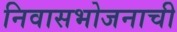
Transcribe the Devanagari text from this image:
निवासभोजनाची